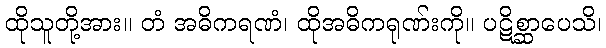
ထိုသူတို့အား။ တံ အဓိကရဏံ၊ ထိုအဓိကရုဏ်းကို။ ပဋိစ္ဆာပေသိ၊